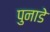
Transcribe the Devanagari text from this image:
पुनाडे